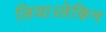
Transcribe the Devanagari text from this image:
लिया।लेकिन